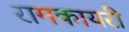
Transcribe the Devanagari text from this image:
रामकायरी